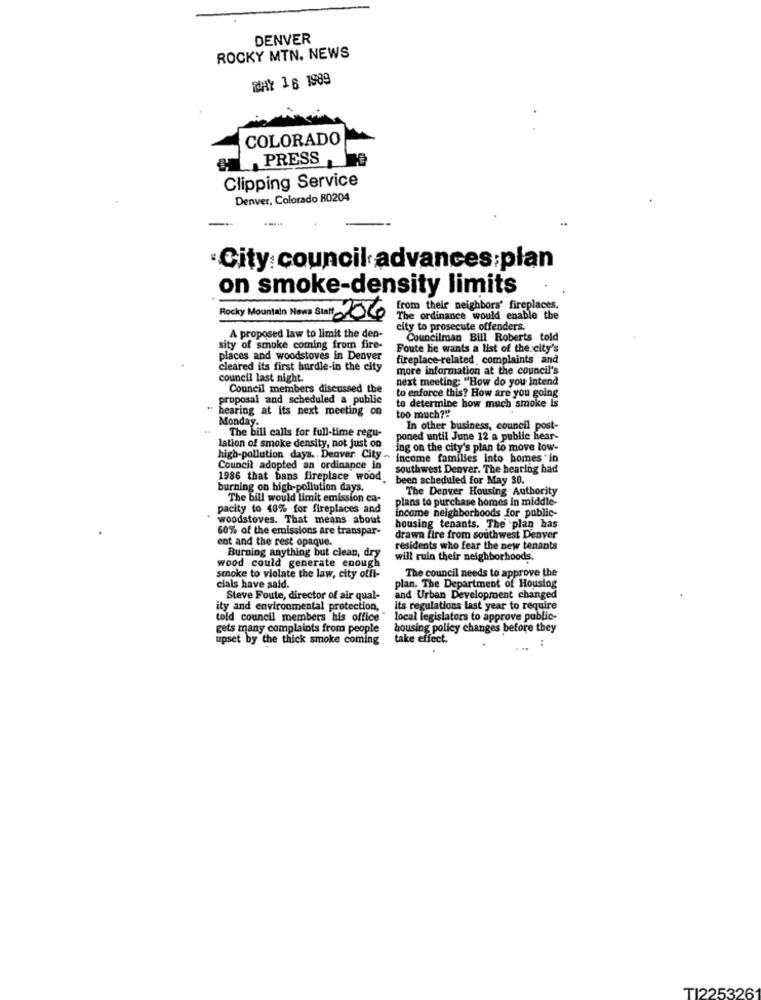
DENVER
ROCKY MTN. NEWS
WHY 16 1989
COLORADO
₩PRESS
Clipping Service
Denver, Colorado 80204
·City council advances:plan
on smoke-density limits
from their neighbors' fireplaces,
Rocky Mountain News Stat 206
The ordinance would enable the
city to prosecute offenders.
A proposed law to limit the den-
Councilman Bill Roberts told
sity of smoke coming from fire-
Foute he wants a list of the city's
places and woodstoves in Denver
fireplace-related complaints and
cleared its first hurdle-in the city
more information at the council's
council last night.
next meeting: "How do you intend
Council members discussed the
proposal and scheduled a public
to enforce this? How are you going
hearing at its next meeting on
to determine how much smoke is
Monday.
too much?"
The bill calls for full-time regu-
In other business, council post-
poned until June 12 a public hear-
lation of smoke density, not just on
ing on the city's plan to move low-
high-pollution days. . Denver City -
Income familles into homes in
Council adopted an ordinance in
southwest Denver. The hearing had
1986 that bans fireplace wood.
been scheduled for May 30.
burning on high-pollution days.
The Denver Housing Authority
The bill would limit emission ca-
plans to purchase homes in middle-
pacity to 40% for fireplaces and
income neighborhoods for public-
woodstoves. That means about
60% of the emissions are transpar-
housing tenants. The plan has
ent and the rest opaque.
drawn fire from southwest Denver
Burning anything but clean, dry
residents who fear the new tenants
will ruin their neighborhoods.
wood could generate enough
smoke to violate the law, city offl-
The council needs to approve the
cials have said.
plan. The Department of Housing
Steve Foute, director of air qual-
and Urban Development changed
ity and environmental protection,
its regulations last year to require
told council members his office"
local legislators to approve public-
gets many complaints from people
housing policy changes before they
upset by the thick smoke coming
take effect.
:
...
TI225326